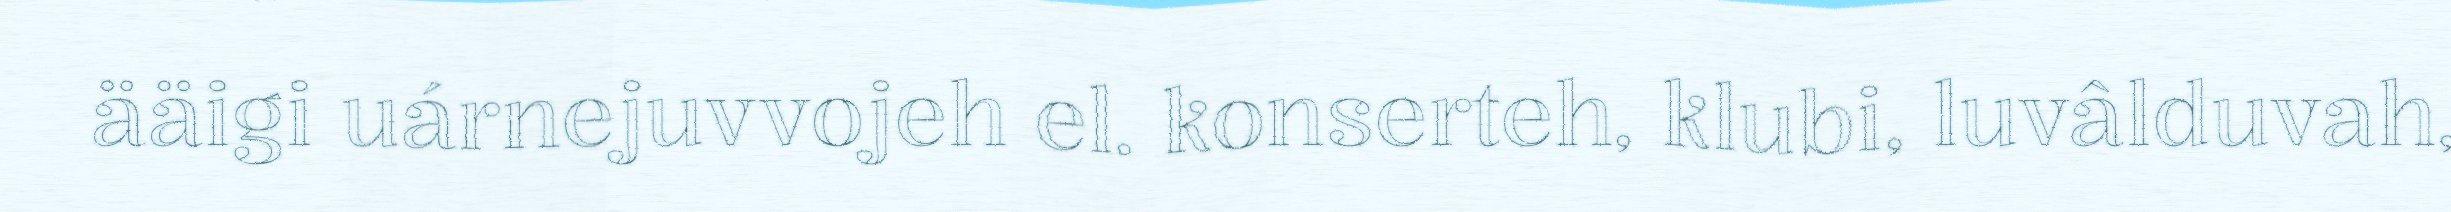
ääigi uárnejuvvojeh el. konserteh, klubi, luvâlduvah,